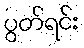
ပွတ်ရင်း